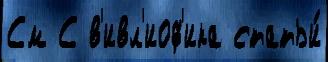
См С в'ивл'иоф'ика статьи́